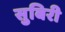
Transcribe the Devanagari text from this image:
सुबिरी